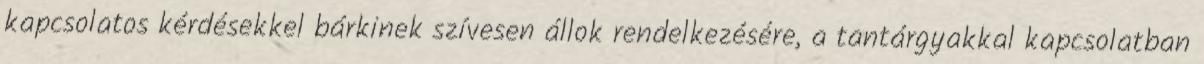
kapcsolatos kérdésekkel bárkinek szívesen állok rendelkezésére, a tantárgyakkal kapcsolatban